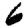
Digit: 6